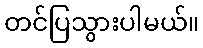
တင်ပြသွားပါမယ်။